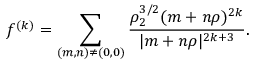
f ^ { ( k ) } = \sum _ { ( m , n ) \neq ( 0 , 0 ) } { \frac { \rho _ { 2 } ^ { 3 / 2 } ( m + n \rho ) ^ { 2 k } } { | m + n \rho | ^ { 2 k + 3 } } } .